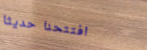
افتتحنا حديثاً